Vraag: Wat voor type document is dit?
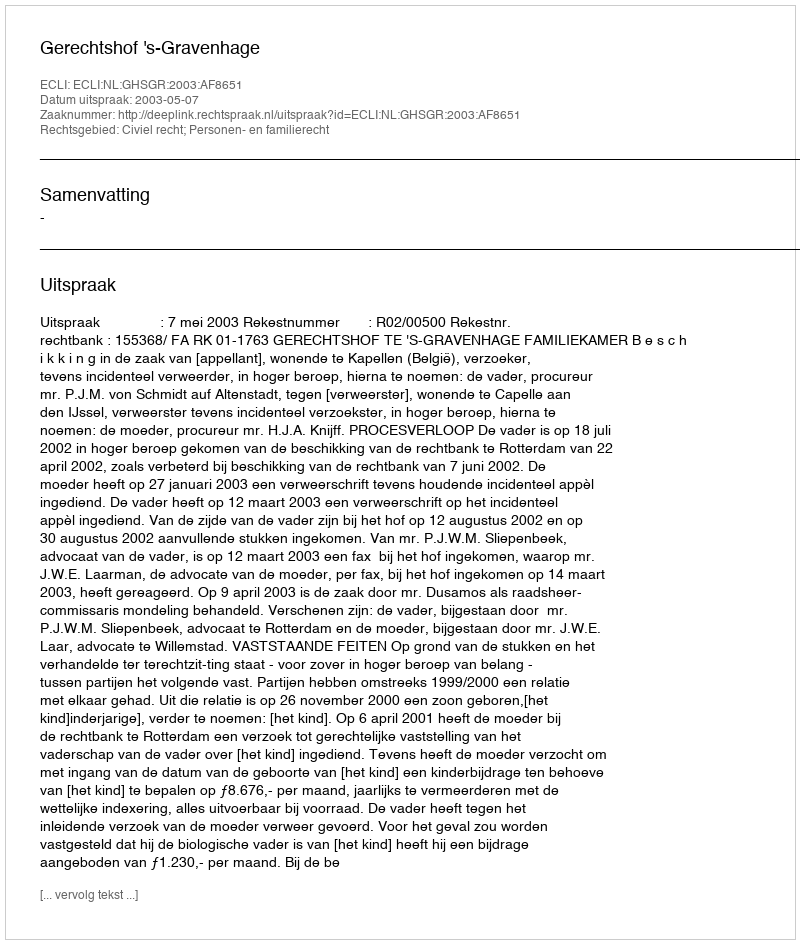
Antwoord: Uitspraak